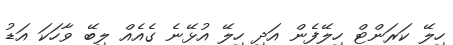
ހިލޭ ކަރަންޓް ހިލޭފެން އަދި ހިލޭ އުޅޭނެ ގެއެއް ލިބޭ ވާހަކަ އަޑު